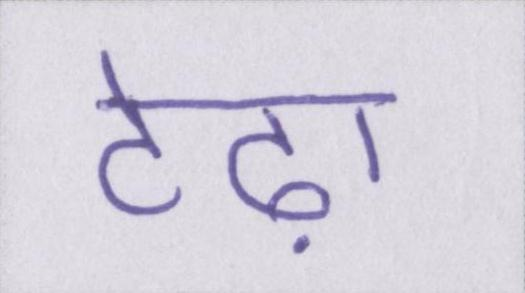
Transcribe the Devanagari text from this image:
टेढ़ा